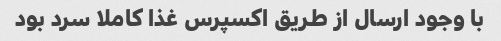
با وجود ارسال از طریق اکسپرس غذا کاملا سرد بود